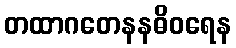
တထာဂတေနနဓိဝရေန